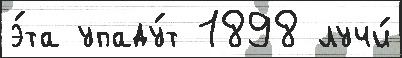
э́та упаду́т 1898 лучи́